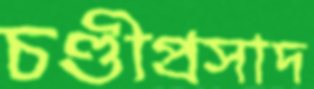
চণ্ডীপ্রসাদ